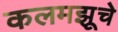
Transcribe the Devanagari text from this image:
कलमझूचे